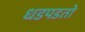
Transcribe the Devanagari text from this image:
धडपडतो